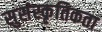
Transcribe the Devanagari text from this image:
सुसंस्कृतिकता